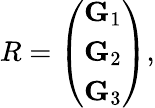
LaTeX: \begin{array}{r}{R=\left(\begin{array}{c}{{\mathbf G}_{1}}\\ {{\mathbf G}_{2}}\\ {{\mathbf G}_{3}}\end{array}\right),}\end{array}